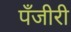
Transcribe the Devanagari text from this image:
पँजीरी